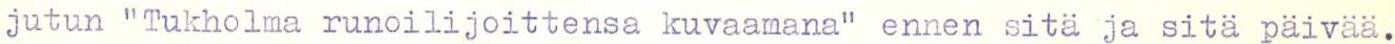
jutun "Tukholma runoilijoittensa kuvaamana" ennen sitä ja sitä päivää.